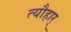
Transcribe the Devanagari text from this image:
त्यौहार्